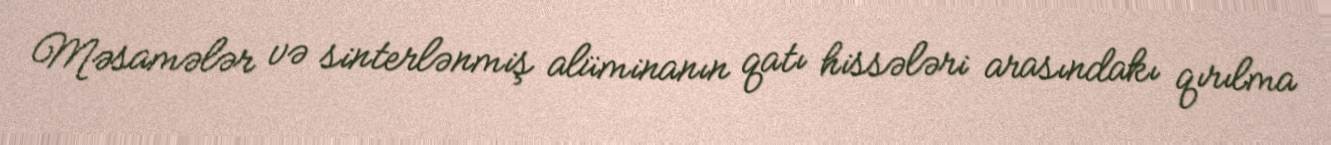
Məsamələr və sinterlənmiş alüminanın qatı hissələri arasındakı qırılma